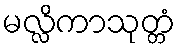
မလ္လိကာသုတ္တံ